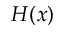
H ( x )